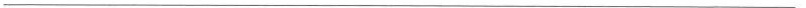
___